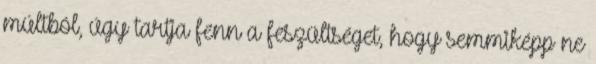
múltból, úgy tartja fenn a feszültséget, hogy semmiképp ne